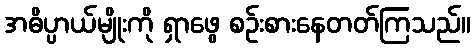
အဓိပ္ပာယ်မျိုးကို ရှာဖွေ စဉ်းစားနေတတ်ကြသည်။